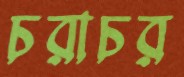
চরাচর